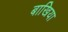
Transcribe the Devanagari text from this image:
बाखिया